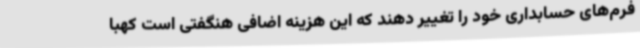
فرم‌های حسابداری خود را تغییر دهند که این هزینه اضافی هنگفتی است کهبا